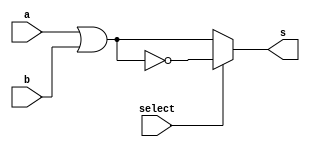
// -------------------------
// Guia 0702 
// Nome: Arthur Martinho Medeiros Oliveira
// -------------------------
module Guia_0702 (
    output s, // Sada selecionvel
    input a,  // Entrada a
    input b,  // Entrada b
    input select // Chave de seleo
);

wire or_output;
wire nor_output;

// Implementao da porta OR
or OR1 (or_output, a, b);

// Implementao da porta NOR
nor NOR1 (nor_output, a, b);

assign s = (select == 1'b0) ? or_output : nor_output;

endmodule
module test_Guia_0702;

    reg a;
    reg b;
    reg select;
    wire s;

    // Instanciar a unidade lgica (LU) para teste
    Guia_0702 myLU (
        .s(s),
        .a(a),
        .b(b),
        .select(select)
    );

    // Inicializao
    initial begin
        $display("Guia_0702 - Teste da Unidade Lgica");
        $display(" a b select s");

        // Teste 1: OR selecionado (select = 0)
        a = 1'b0; b = 1'b1; select = 1'b0;
        #1 $monitor("%b %b %b %b", a, b, select, s);

        // Teste 2: NOR selecionado (select = 1)
        a = 1'b1; b = 1'b1; select = 1'b1;
        #1 $monitor("%b %b %b %b", a, b, select, s);

        $finish;
    end

endmodule